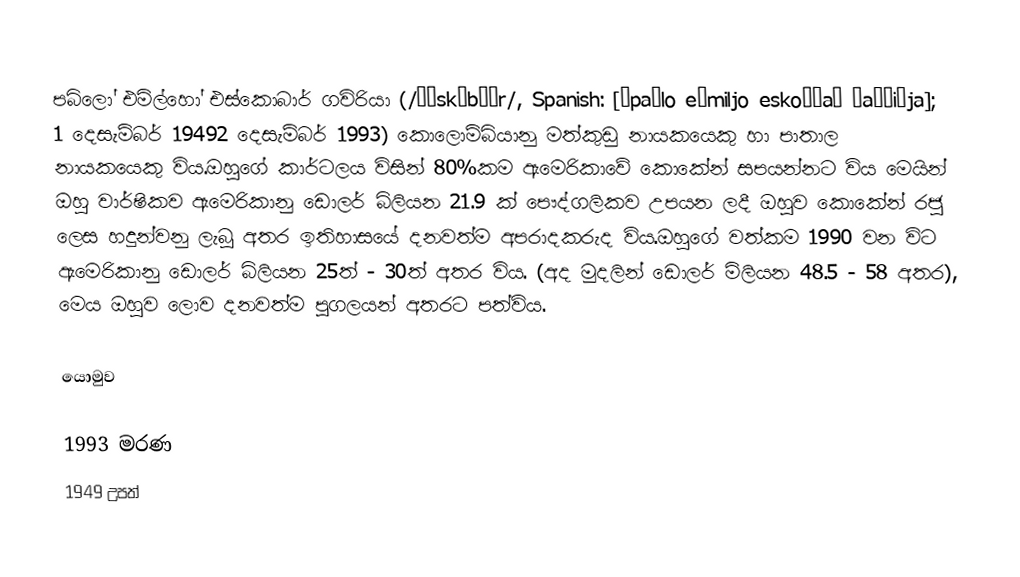
පබ්ලෝ එමිල්හෝ එස්කොබාර් ගවිරියා (/ˈɛskəbɑːr/, Spanish: [ˈpaβlo eˈmiljo eskoˈβaɾ ɣaˈβiɾja]; 1 දෙසැම්බර් 19492 දෙසැම්බර් 1993) කොලොම්බියානු මත්කුඩු නායකයෙකු හා පාතාල නායකයෙකු විය.ඔහුගේ කාර්ටලය විසින් 80%කම  ඇමෙරිකාවේ කොකේන් සපයන්නට විය මෙයින් ඔහු වාර්ෂිකව ඇමෙරිකානු ඩොලර් බිලියන 21.9 ක්  පෞද්ගලිකව උපයන ලදී  ඔහුව කොකේන් රජු  ලෙස  හදුන්වනු ලැබූ අතර ඉතිහාසයේ දනවත්ම අපරාදකරුද විය.ඔහුගේ වත්කම 1990 වන විට ඇමෙරිකානු ඩොලර් බිලියන 25ත් - 30ත් අතර විය.  (අද මුදලින් ඩොලර් මිලියන 48.5 - 58 අතර), මෙය ඔහුව ලොව දනවත්ම පුගලයන් අතරට පත්විය.

යොමුව

1993 මරණ
1949 උපත්